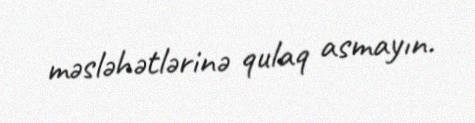
məsləhətlərinə qulaq asmayın.